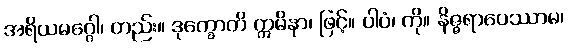
အရိယမဂ္ဂေါ၊ တည်း။ ဒုက္ခောတိ ဣမိနာ၊ ဖြင့်။ ပါပံ၊ ကို။ နိဇ္ဇရာပေဿာမ၊